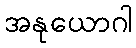
အနုယောဂါ